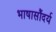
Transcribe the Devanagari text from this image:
भाषासौंदर्य